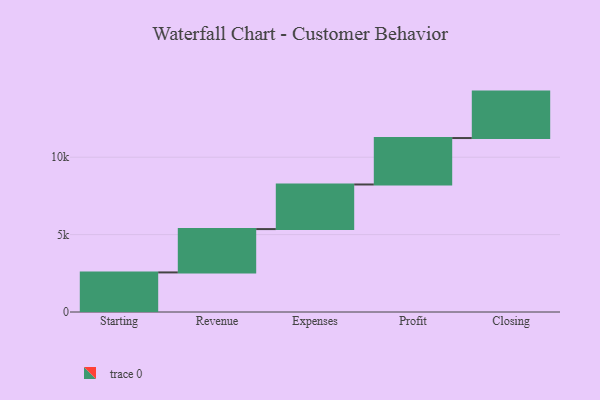
{"axis": {"x": "Step", "y": "Value"}, "legend": [""], "data": [{"x": "Starting", "y": 2557.0, "type": ""}, {"x": "Revenue", "y": 2799.0, "type": ""}, {"x": "Expenses", "y": 2881.0, "type": ""}, {"x": "Profit", "y": 3000, "type": ""}, {"x": "Closing", "y": 3000, "type": ""}]}